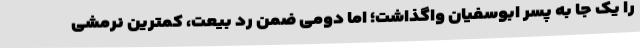
را یک جا به پسر ابوسفیان واگذاشت؛ اما دومی ضمن رد بیعت، کمترین نرمشی